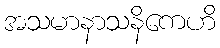
အသမာနာသနိကေဟိ